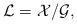
LaTeX: \begin{align*}\mathcal{L}=\mathcal{X}/\mathcal{G},\end{align*}